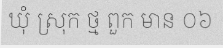
ឃុំ ស្រុក ថ្ម ពួក មាន ០៦